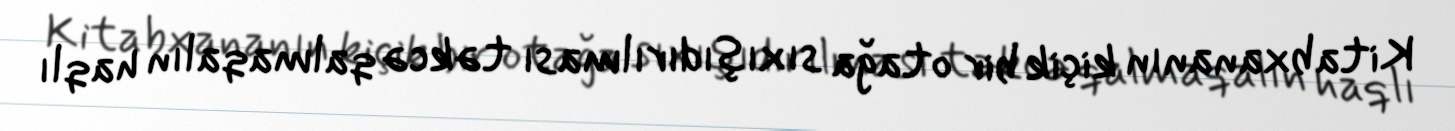
Kitabxananın kiçik bir otağa sıxışıdırılması təkcə qalmaqalın haqlı